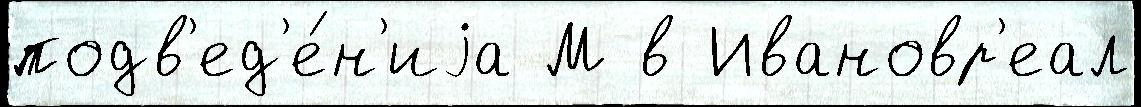
подв'ед'е́н'иjа М в Ивановр'еал